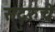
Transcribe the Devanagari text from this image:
सद्गुरुचे